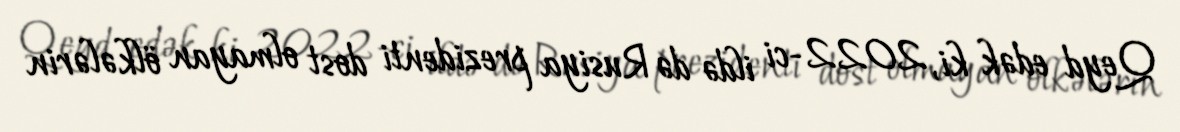
Qeyd edək ki, 2022-ci ildə də Rusiya prezidenti dost olmayan ölkələrin